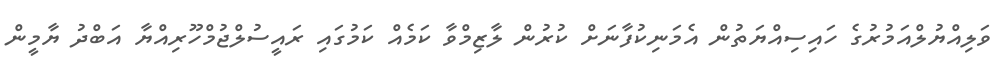
ވަލިއްޔުލްއަމުރުގެ ހައިސިއްޔަތުން އެމަނިކުފާނަށް ކުރުން ލާޒިމްވާ ކަމެއް ކަމުގައި ރައީސުލްޖުމްހޫރިއްޔާ އަބްދު ޔާމީން